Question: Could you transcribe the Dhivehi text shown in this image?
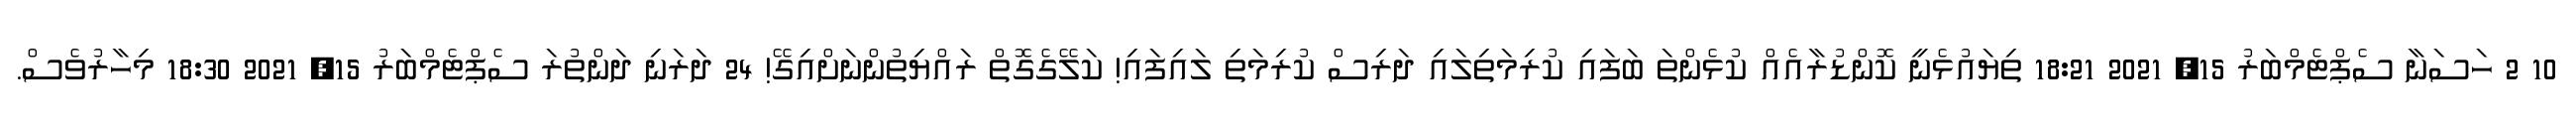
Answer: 10 2 ހަސަނާ ސެޕްޓެމްބަރު 15, 2021 18:21 ތިޔައުޅެނީ ކޮންޑުރާއެއް ކުޅެންތަ ބަފައި ކުރިމަތިލައި ދަރިސް ކުރިމަތި ލައިފައި! ކަލޭގެގޮތް ރައްޔިތުންނަށްއިގޭ! 24 ދަރަނި ދަންތުރަ ސެޕްޓެމްބަރު 15, 2021 18:30 މިހާރުވެސް.